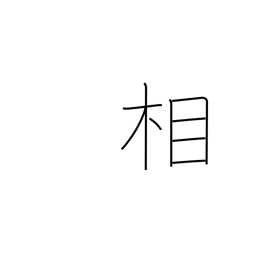
Meaning: aspect